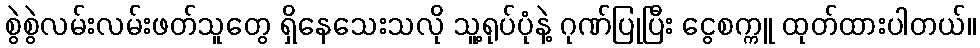
စွဲစွဲလမ်းလမ်းဖတ်သူတွေ ရှိနေသေးသလို သူ့ရုပ်ပုံနဲ့ ဂုဏ်ပြုပြီး ငွေစက္ကူ ထုတ်ထားပါတယ်။